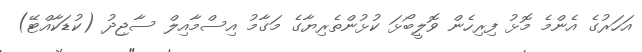
އަހަރުގެ އެންމެ މޮޅު ފިިރިހެން ވޮލީބޯޅަ ކުޅުންތެރިޔާގެ މަގާމު އިސްމާއިލް ސާޖިދު (ކުޑަކާއްޓޭ)